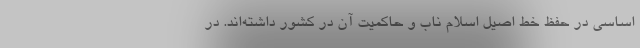
اساسی در حفظ خط اصیل اسلام ناب و حاکمیت آن در کشور داشته‌اند. در